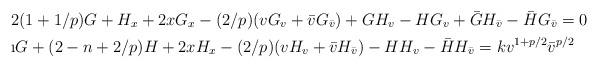
LaTeX: \begin{align*}&2(1+1/p)G + H_x + 2xG_x - (2/p)(vG_v +\bar{v} G_{\bar v})+ GH_v- HG_v + \bar G H_{\bar v} - \bar H G_{\bar v}=0\\&\i G + (2-n+2/p)H + 2xH_x -(2/p)(vH_v +\bar{v} H_{\bar v})- HH_v - \bar H H_{\bar v}=kv^{1+p/2}\bar{v}^{p/2}\end{align*}